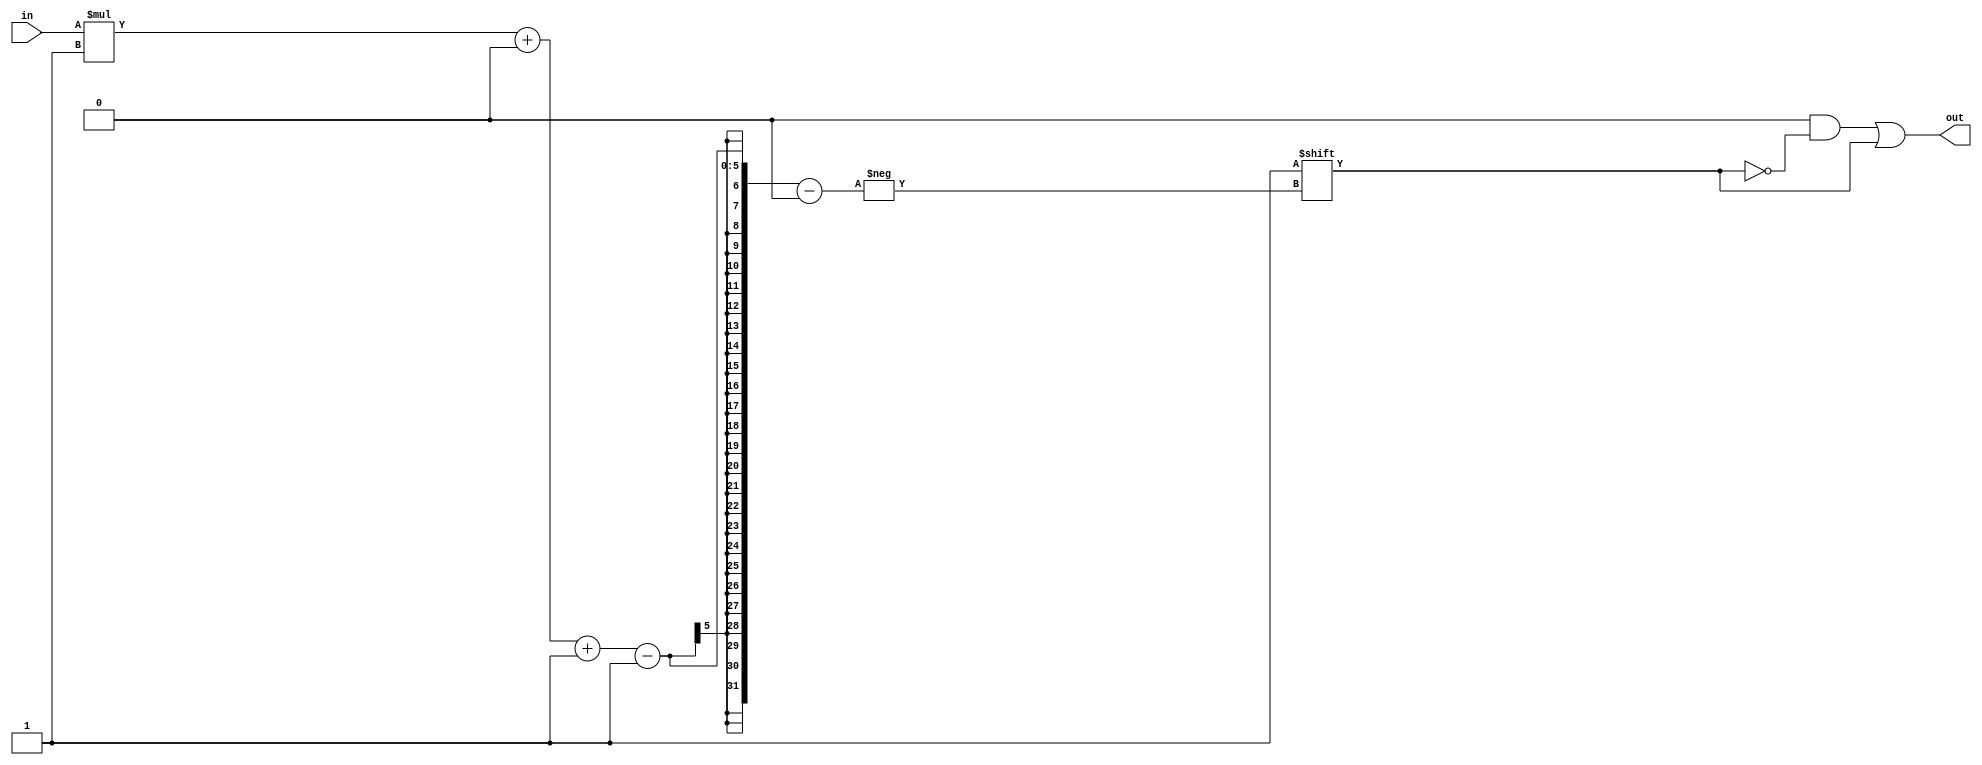
/*
   This file was generated automatically by the Mojo IDE version B1.3.6.
   Do not edit this file directly. Instead edit the original Lucid source.
   This is a temporary file and any changes made to it will be destroyed.
*/

/*
   Parameters:
     WIDTH = DIGIT_BITS
*/
module decoder_25 (
    input [1:0] in,
    output reg [3:0] out
  );
  
  localparam WIDTH = 2'h2;
  
  
  always @* begin
    out = 1'h0;
    out[(in)*1+0-:1] = 1'h1;
  end
endmodule